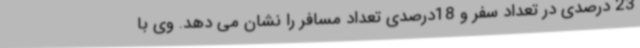
23 درصدی در تعداد سفر و 18درصدی تعداد مسافر را نشان می دهد. وی با